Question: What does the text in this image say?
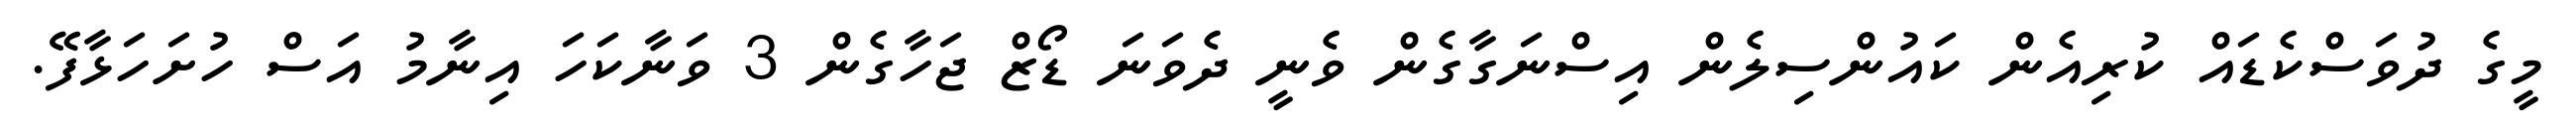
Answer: މީގެ ދުވަސްކެޑައް ކުރިއެން ކައުންސިލެން އިސްނަގާގެން ވެނީ ދެވަނަ ޑޯޒް ޖަހާގެން 3 ވަނާކަހަ އިނާމު އަސް ހުށަހަޅާފޭ.